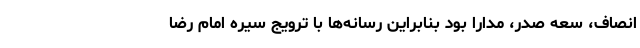
انصاف، سعه صدر، مدارا بود بنابراین رسانه‌ها با ترویج سیره امام رضا